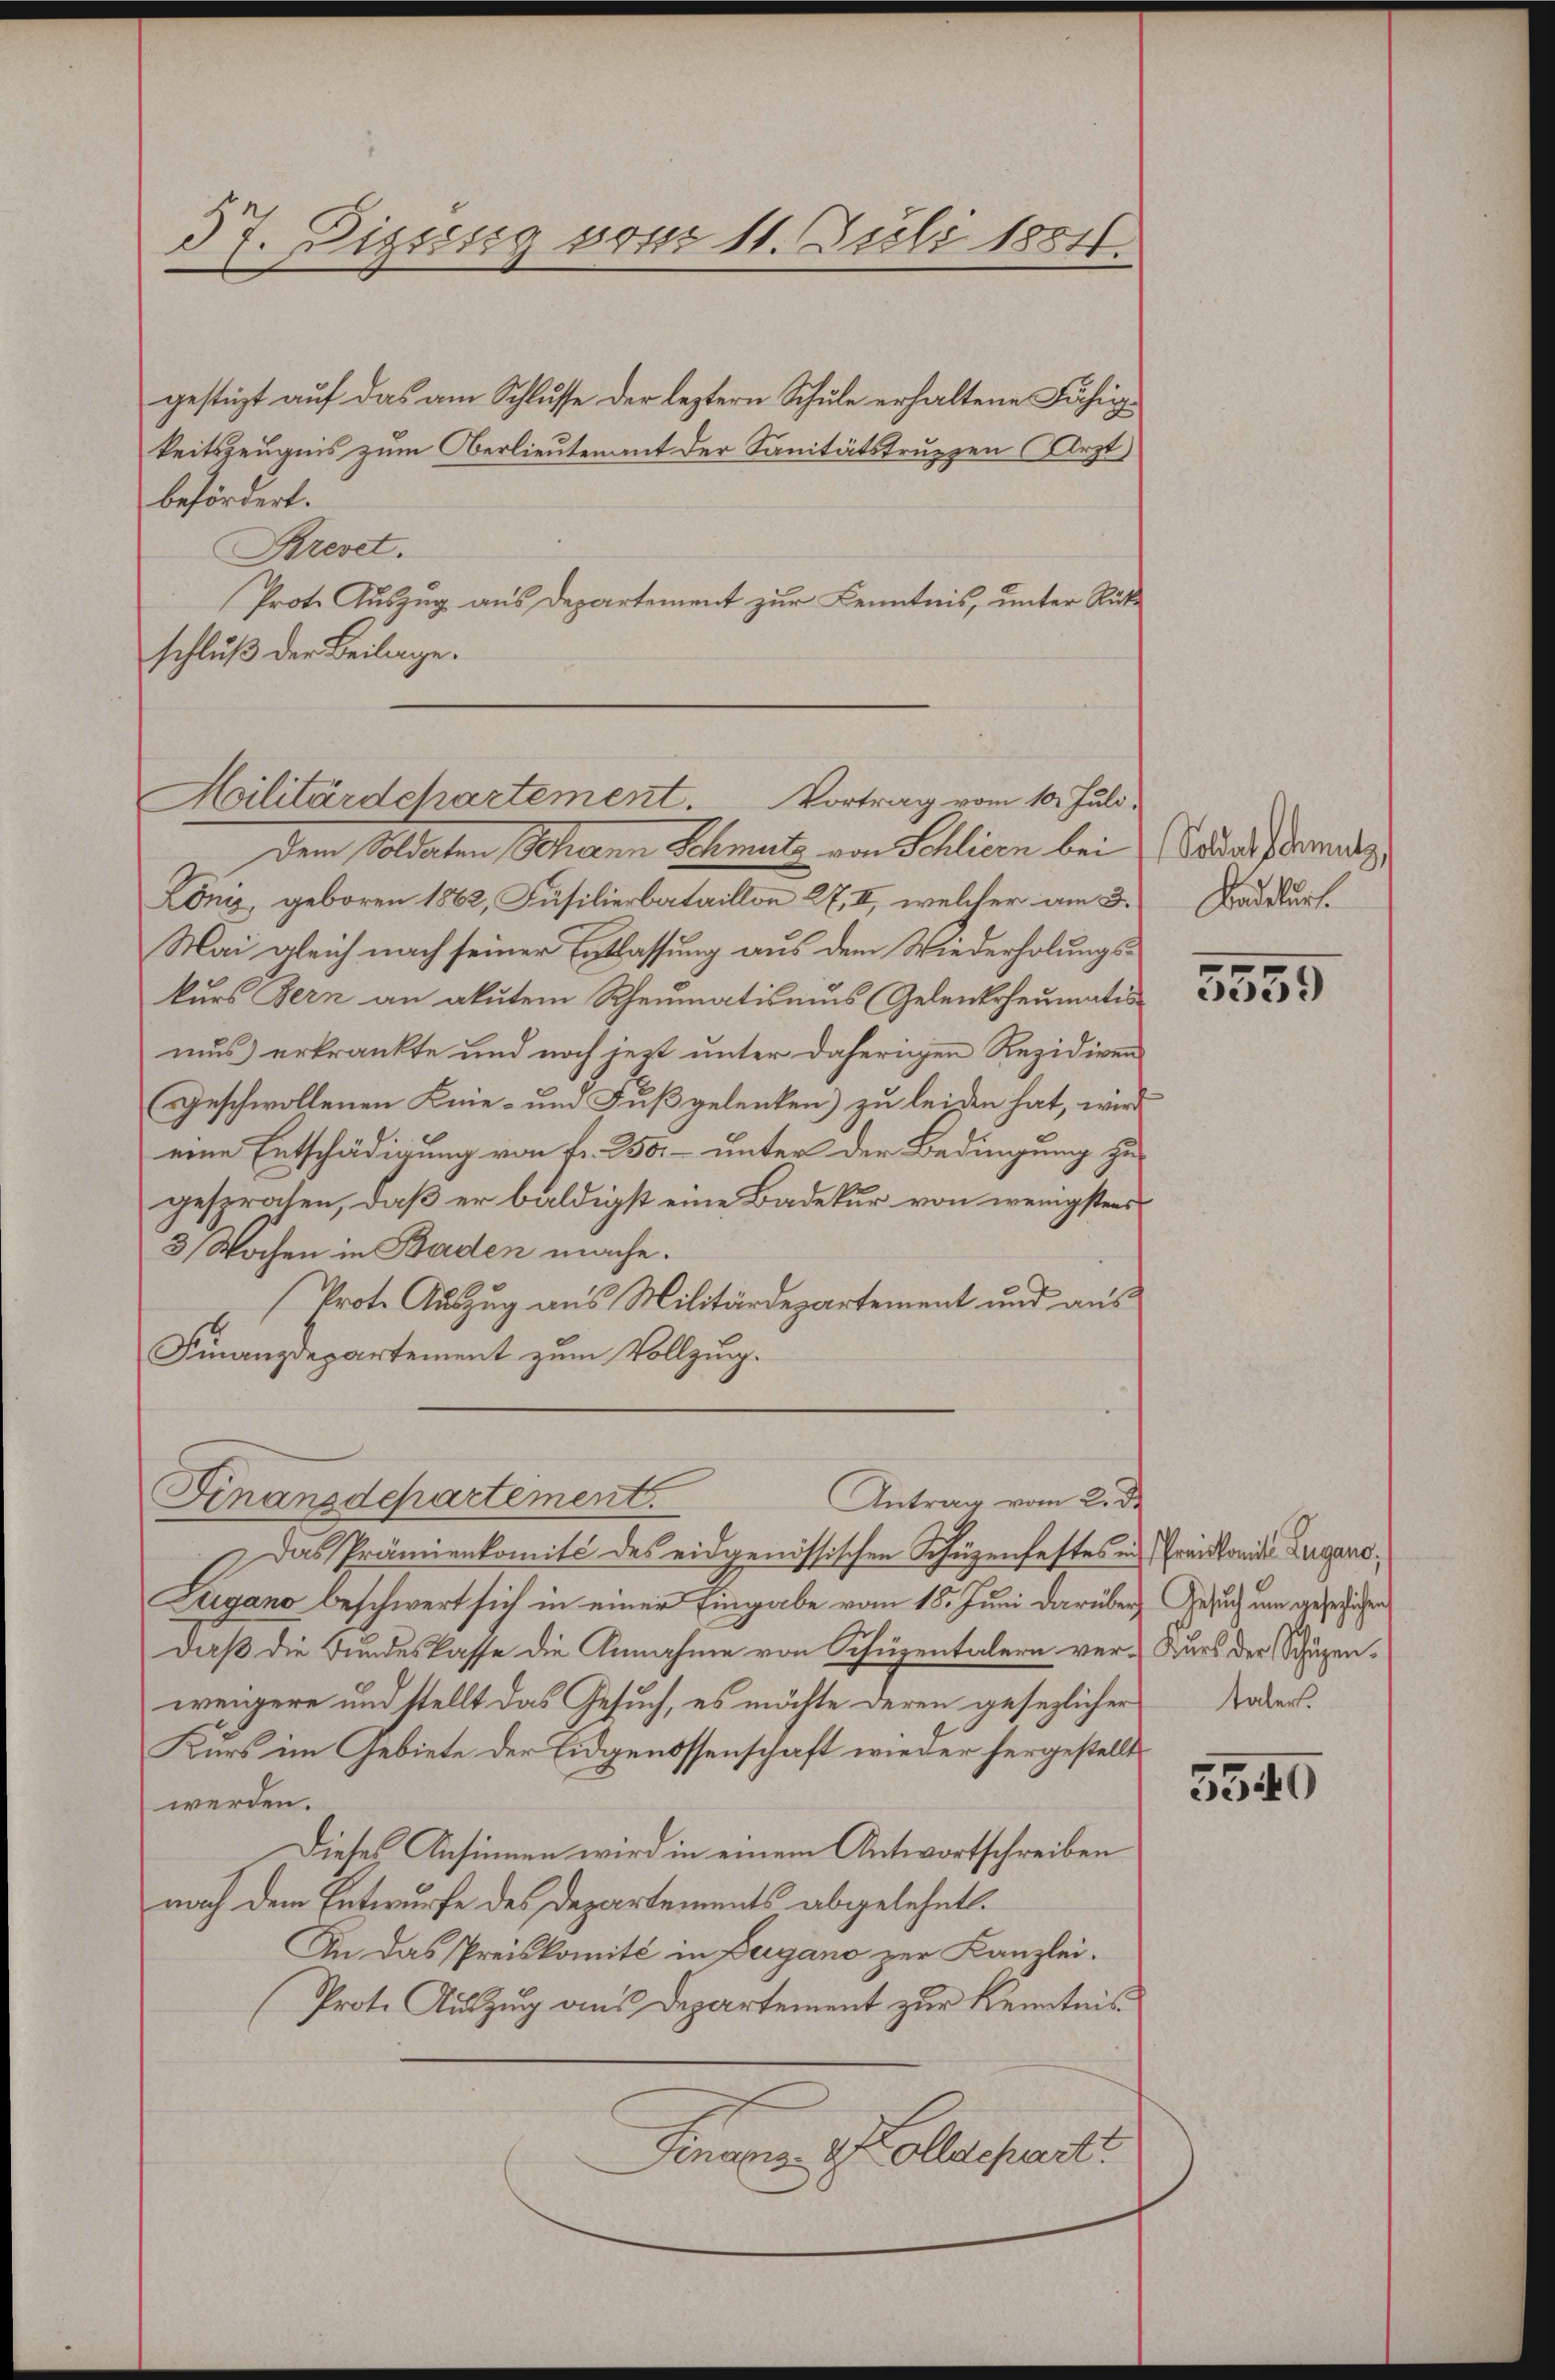
37. Diesig vom 11. Juli 1884.

gestüzt auf das am Schlusse der leztern Schule erhaltene Fähigkeitszeugnis zum Oberlieutenant der Sanitätstrurzen Arzt
befördert.
Brevet.
Prote Auszug aus Departement zur Kenntnis, unter Rükschluß der Beilage.

Hilitärdepartement. Vortrag vom 10. Juli,
dem Soldaten Schann Schmutz von Schlicen bei Sadafernutz

Löniz, geboren 1862, Füsilierbataillon 27, II, welcher am 3.
Mai gleich nach seiner Entlassung aus dem Wiederholungskurs Bern an akutem Rheumatismus (Gelenkrheumatis
mus erkränkte und noch jetzt unter daherigen Rezidiven
Geschwollenen Knie- und Fuß gelenten) zu leiden hat, wird
eine Entschädigung von fr. 250. – unter der Bedingung zugesprochen, daß er baldigst eine Badekur von wenigstens
3 Wochen in Baden mache.
Prote Auszug aus Militärdepartement und aus
Finanzdepartement zum Vollzug.
Finanzdepartement.
Antrag vom 2. de
Das Prämienkomité des eidgenössischen Schüzenfestes in Fristorie Zugano,
Lugano beschwert sich in einer Eingabe vom 18. Juni darüber Gesuch um gezeichen
daß die Bundeskasse die Annahme von Schüzentalern ver-Kurs der Schüzenwenigere und stellt das Gesuch, es möchte deren gesezlicher Taber
Kurs im Gebiete der Eidgenossenschaft wieder hergestellt
werden.
Dieses Ansinnen wird in einem Antwortschreiben
nach dem Entwurfe des Departements abgelehnt.
An das Preiskomité in Zugano zur Kanzlei.
Prote Auszug aus Departement zur Kenntnis
Finanz- 2. Kollachart

Badeburt

5555

5340